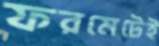
ফরমেটেই